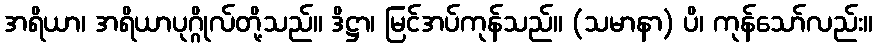
အရိယာ၊ အရိယာပုဂ္ဂိုလ်တို့သည်။ ဒိဋ္ဌာ၊ မြင်အပ်ကုန်သည်။ (သမာနာ) ပိ၊ ကုန်သော်လည်း။